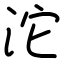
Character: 沱